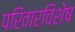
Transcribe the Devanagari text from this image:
परिवारविशेष